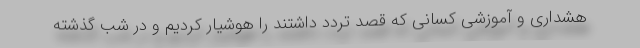
هشداری و آموزشی کسانی که قصد تردد داشتند را هوشیار کردیم و در شب گذشته